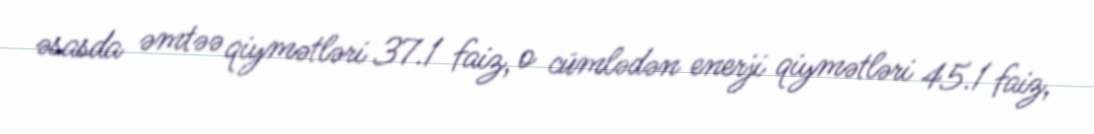
əsasda əmtəə qiymətləri 37.1 faiz, o cümlədən enerji qiymətləri 45.1 faiz,